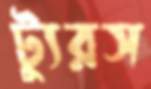
ট্যুরস